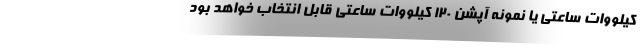
کیلووات ساعتی یا نمونه آپشن 120 کیلووات ساعتی قابل انتخاب خواهد بود